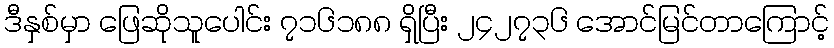
ဒီနှစ်မှာ ဖြေဆိုသူပေါင်း ၇၁၆၁၈၈ ရှိပြီး ၂၄၂၇၃၆ အောင်မြင်တာကြောင့်